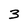
Character: 3